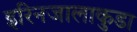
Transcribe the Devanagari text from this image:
इरिनजालाकुडा